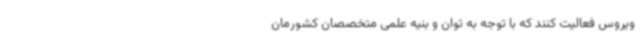
ویروس فعالیت کنند که با توجه به توان و بنیه علمی متخصصان کشورمان